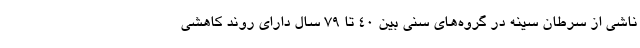
ناشی از سرطان سینه در گروه‌های سنی بین ۴۰ تا ۷۹ سال دارای روند کاهشی